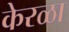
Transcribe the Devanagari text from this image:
केरळा